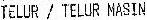
TELUR / TELUR MASIN